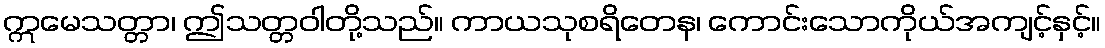
ဣမေသတ္တာ၊ ဤသတ္တဝါတို့သည်။ ကာယသုစရိတေန၊ ကောင်းသောကိုယ်အကျင့်နှင့်။